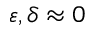
\varepsilon , \delta \approx 0